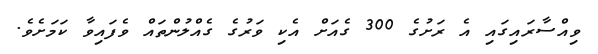
ވިއްސާރައިގައި އެ ރަށުގެ 300 ގެއަށް އެކި ވަރުގެ ގެއްލުންތައް ވެފައިވާ ކަމަށެވެ.